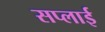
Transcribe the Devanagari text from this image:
सप्‍लाई